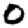
Digit: 0